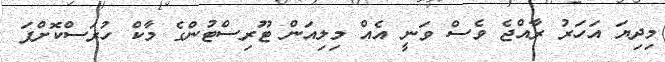
މިދިޔަ އަހަރު ރާއްޖެ ވެސް ވަނީ އެއް މިލިއަން ޓޫރިސްޓުންގެ މާކް ހުރަސްކޮށްފަ